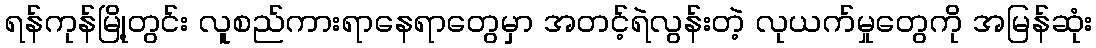
ရန်ကုန်မြို့တွင်း လူစည်ကားရာနေရာတွေမှာ အတင့်ရဲလွန်းတဲ့ လုယက်မှုတွေကို အမြန်ဆုံး